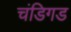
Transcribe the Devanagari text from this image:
चंडिगड